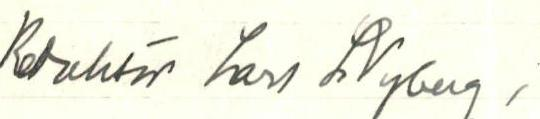
Redaktör Lars Nyberg,